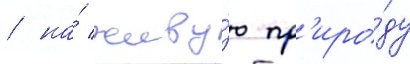
/ на́ живу́ю пр'иро́ду